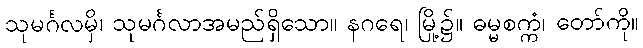
သုမင်္ဂလမှိ၊ သုမင်္ဂလာအမည်ရှိသော။ နဂရေ၊ မြို့၌။ ဓမ္မစက္ကံ၊ တော်ကို။